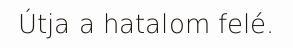
Útja a hatalom felé.